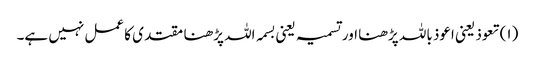
(۱) تعوذ یعنی اعوذ باللہ پڑھنا اور تسمیہ یعنی بسمہ اللہ پڑھنا مقتدی کا عمل نہیں ہے۔